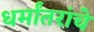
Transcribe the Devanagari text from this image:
धर्मांतरांचे